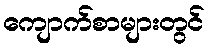
ကျောက်စာများတွင်